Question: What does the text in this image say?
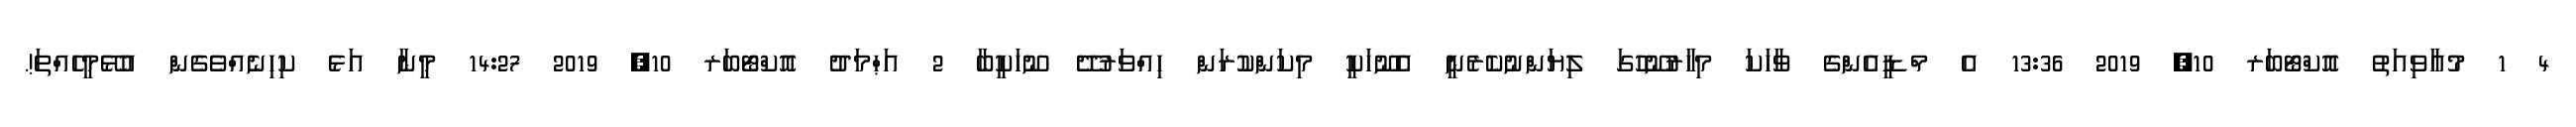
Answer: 4 1 މުއާވިއަތު އޮކްޓޯބަރ 10, 2019 13:36 އެ މްޑީއެންގެ ވާހަކަ މިހާރުނޫހުގަ ލިޔަންނުކެރެނީ އެނޫހަކީ މިކަންކުރަން ހިއްވަރުދޭ ނޫހަކީބާ 2 އަޙްމަދު އޮކްޓޯބަރ 10, 2019 14:27 މީނާ އަޅެ ކިހިނެއްވެގެން އުޅޭމީހެއްތަ!.